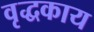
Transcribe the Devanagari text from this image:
वृद्धकाय